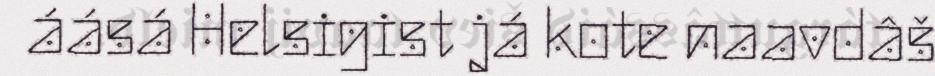
áásá Helsigist já kote naavdâš